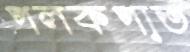
পলকপাত